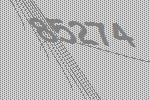
85274